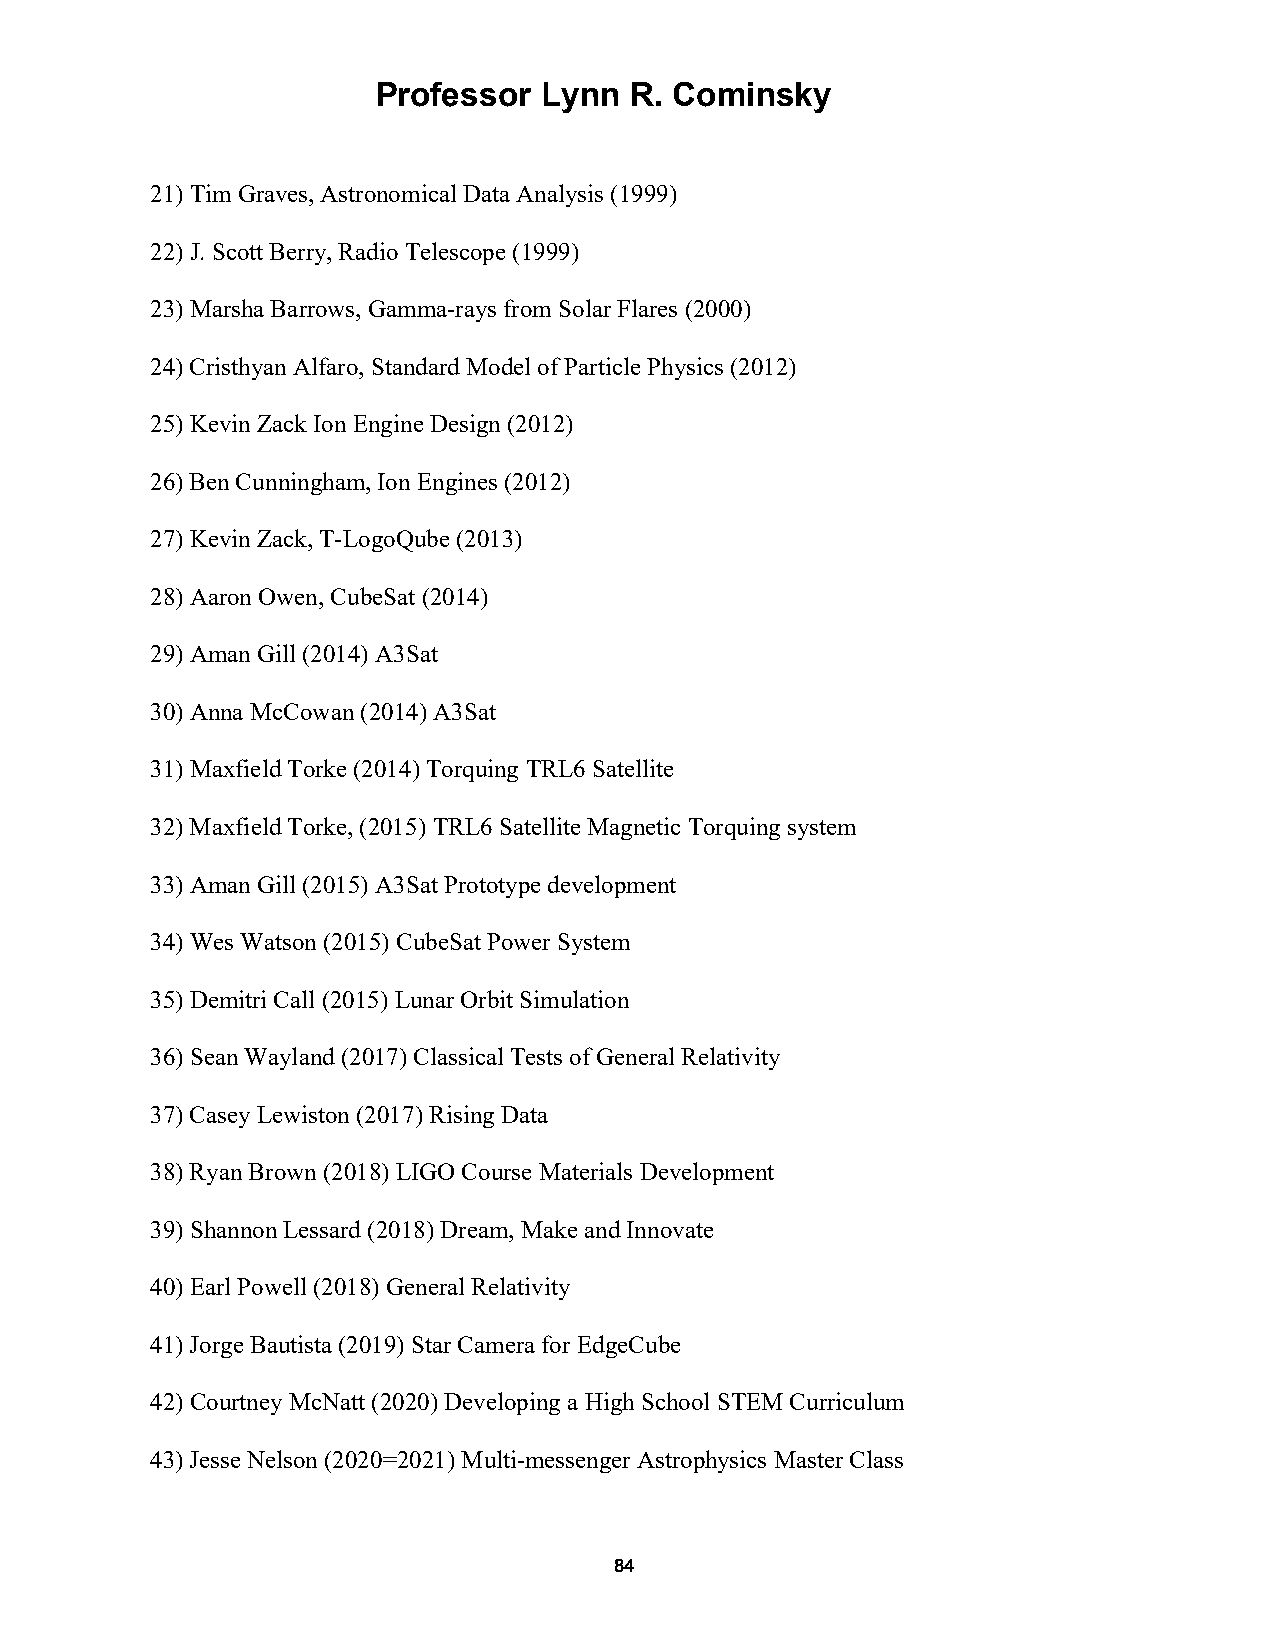
Professor  Lynn  R. Cominsky
 21) Tim Graves, Astronomical Data Analysis (1999)
 22) J. Scott Berry, Radio Telescope (1999)
 23) Marsha Barrows, Gamma-rays from Solar Flares (2000)
 24) Cristhyan Alfaro, Standard Model of Particle Physics (2012)
 25) Kevin Zack Ion Engine Design (2012)
 26) Ben Cunningham, Ion Engines (2012)
 27) Kevin Zack, T-LogoQube (2013)
 28) Aaron Owen, CubeSat (2014)
 29) Aman Gill (2014) A3Sat
 30) Anna McCowan (2014) A3Sat
 31) Maxfield Torke (2014) Torquing TRL6 Satellite
 32) Maxfield Torke, (2015) TRL6 Satellite Magnetic Torquing system
 33) Aman Gill (2015) A3Sat Prototype development
 34) Wes Watson (2015) CubeSat Power System
 35) Demitri Call (2015) Lunar Orbit Simulation
 36) Sean Wayland (2017) Classical Tests of General Relativity
 37) Casey Lewiston (2017) Rising Data
 38) Ryan Brown (2018) LIGO Course Materials Development
 39) Shannon Lessard (2018) Dream, Make and Innovate
 40) Earl Powell (2018) General Relativity
 41) Jorge Bautista (2019) Star Camera for EdgeCube
 42) Courtney McNatt (2020) Developing a High School STEM Curriculum
 43) Jesse Nelson (2020=2021) Multi-messenger Astrophysics Master Class
 84